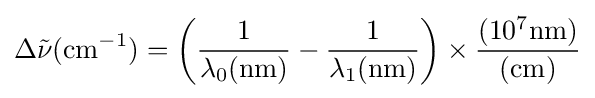
\Delta {\tilde {\nu }}({\text{cm}}^{-1})=\left({\frac {1}{\lambda _{0}({\text{nm}})}}-{\frac {1}{\lambda _{1}({\text{nm}})}}\right)\times {\frac {(10^{7}{\text{nm}})}{({\text{cm}})}}